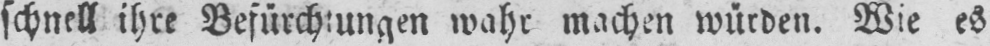
schnell ihre Befürchtungen wahr machen würden. Wie es